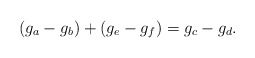
\begin{align*}(g_a-g_b)+(g_e-g_f)=g_c-g_d.\end{align*}